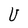
Character: U